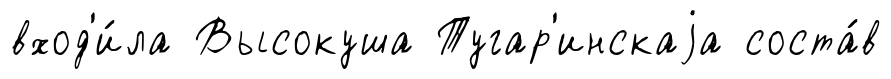
вход'и́ла Высокуша Тугар'инскаjа соста́в